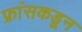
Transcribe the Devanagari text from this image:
फ्रांसकडून